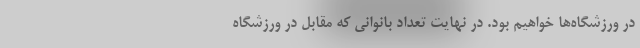
در ورزشگاه‌ها خواهیم بود. در نهایت تعداد بانوانی که مقابل در ورزشگاه